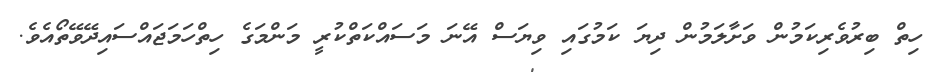
ހިތް ބިރުވެރިކަމުން ވަށާލަމުން ދިޔަ ކަމުގައި ވިޔަސް އޭނަ މަސައްކަތްކުރީ މަންމަގެ ހިތްހަމަޖައްސައިދޭވޭތޯއެވެ.